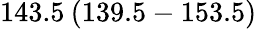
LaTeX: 143.5\: (139.5-153.5)